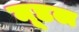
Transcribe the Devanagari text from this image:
मूडल